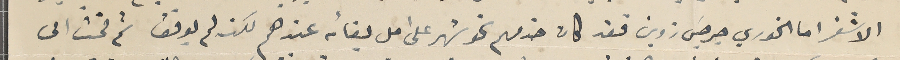
الاشقر اما الخوري جرجسَ زوين فقد كان خدمهم نحو شهر على امل بقائه عندهم لكنه لم يوفق ثم قمت الى